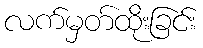
လက်မှတ်ထိုးခြင်း